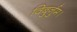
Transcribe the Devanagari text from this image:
विबुर्नुम।